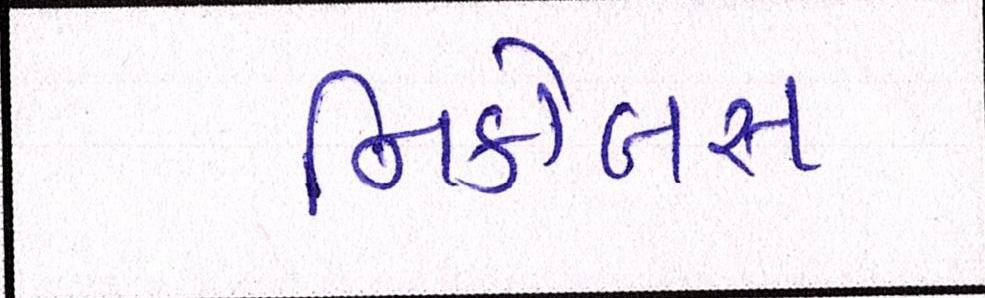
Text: નિકોલસ